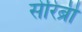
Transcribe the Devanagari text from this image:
सेरिब्री